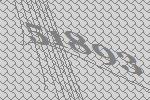
51893